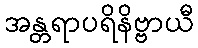
အန္တရာပရိနိဗ္ဗာယီ